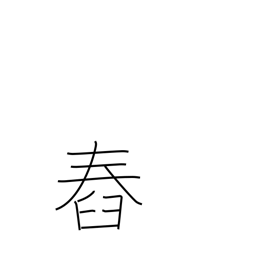
Meaning: set (sun)